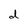
Character: d